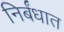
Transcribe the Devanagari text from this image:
निर्बंधात